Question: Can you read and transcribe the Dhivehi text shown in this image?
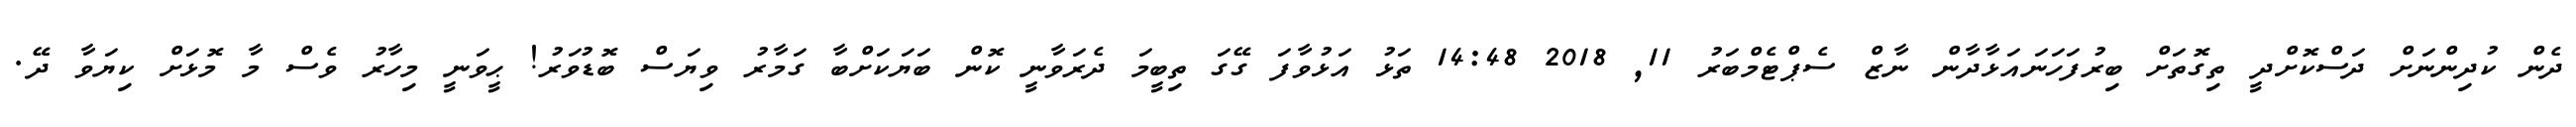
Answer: ދެން ކުދިންނަށް ދަސްކޮށްދީ ތިގޮތަށް ބިރުފަހަނައަޅާދާން ނާޒް ސެޕްޓެމްބަރު 11, 2018 14:48 ތަޅު އަޅުވާފަ ގޭގަ ތިބީމަ ދެރަވާނީ ކޮން ބަޔަކަށްބާ ގަމާރު ވިޔަސް ބޮޑުވަރު! ޙީވަނީ މިހާރު ވެސް މާ މޮޅަށް ކިޔަވާ ދޭ.